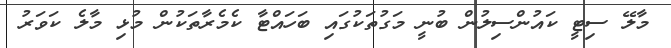
މާލޭ ސިޓީ ކައުންސިލުން ބުނީ މަގުތަކުގައި ބަހައްޓާ ކެމެރާތަކުން މުޅި މާލެ ކަވަރު